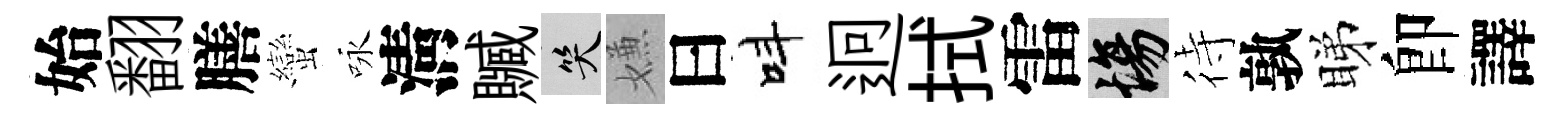
始翻膳蠻咏淸贓笑嫌曰呌迥拭雷場待孰睇卽譯